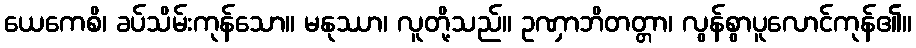
ယေကေစိ၊ ခပ်သိမ်းကုန်သော။ မနုဿာ၊ လူတို့သည်။ ဥဏှာဘိတတ္တာ၊ လွန်စွာပူလောင်ကုန်၏။